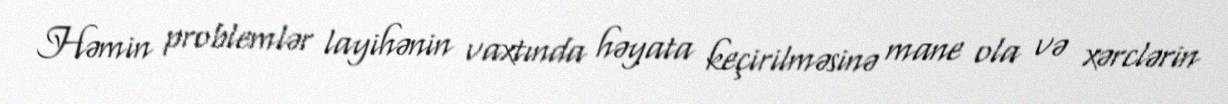
Həmin problemlər layihənin vaxtında həyata keçirilməsinə mane ola və xərclərin